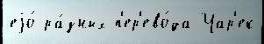
еjо́ ра́зных п'ер'ево́да Чар'ек